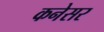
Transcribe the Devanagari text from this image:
कनेसर